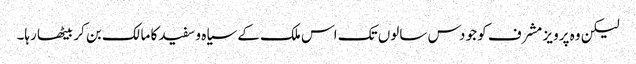
لیکن وہ پرویز مشرف کو جو دس سالوں تک اس ملک کے سیاہ و سفید کا مالک بن کر بیٹھا رہا۔